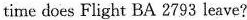
time does Flight BA 2793 leave?